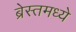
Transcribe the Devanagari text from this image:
ब्रेस्तमध्ये